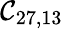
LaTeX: \mathcal{C}_{27,13}